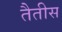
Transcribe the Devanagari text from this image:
तैतीस